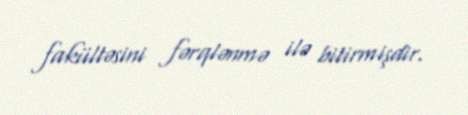
fakültəsini fərqlənmə ilə bitirmişdir.